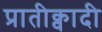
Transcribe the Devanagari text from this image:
प्रातीक्वादी